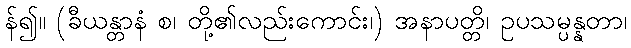
န်၍။ (ခီယန္တာနံ စ၊ တို့၏လည်းကောင်း၊) အနာပတ္တိ၊ ဥပသမ္ပန္နတာ၊